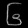
Digit: ၆